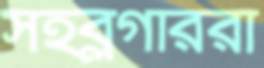
সহব্লগাররা